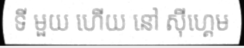
ទី មួយ ហើយ នៅ ស៊ីហ្គេម